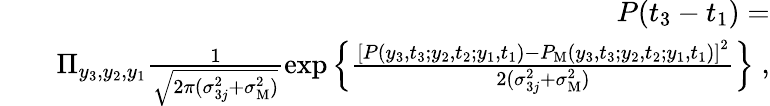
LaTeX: \begin{array}{rlr}&{}&{P(t_{3}-t_{1})=}\\ &{}&{\Pi_{y_{3},y_{2},y_{1}}\frac{1}{\sqrt{2\pi(\sigma_{3j}^{2}+\sigma_{\mathrm{M}}^{2})}}\exp\left\{ \frac{\left[P(y_{3},t_{3};y_{2},t_{2};y_{1},t_{1})-P_{\mathrm{M}}(y_{3},t_{3};y_{2},t_{2};y_{1},t_{1})\right]^{2}}{2(\sigma_{3j}^{2}+\sigma_{\mathrm{M}}^{2})}\right\} \; ,}\end{array}